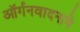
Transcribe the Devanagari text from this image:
ऑर्गनवादनाने